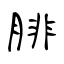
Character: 腓